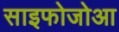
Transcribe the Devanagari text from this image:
साइफोजोआ